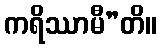
ကရိဿာမီ”တိ။